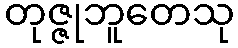
တုဇ္ဇုဘူတေသု